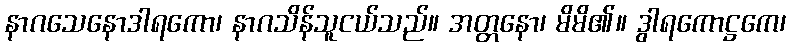
နာဂသေနောဒါရကော၊ နာဂသိန်သူငယ်သည်။ အတ္တနော၊ မိမိ၏။ ဒွါရကောဋ္ဌကေ၊